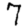
Digit: 7